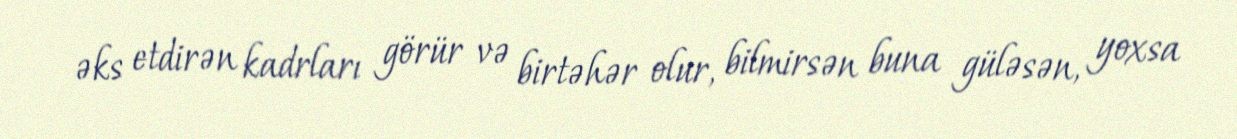
əks etdirən kadrları görür və birtəhər olur, bilmirsən buna güləsən, yoxsa